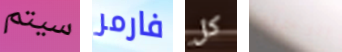
سيتم فارمر كل الرجل